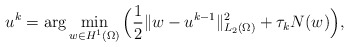
\begin{align*}u^k=\arg\min_{w\in H^1(\Omega)} \Big(\frac{1}{2}\|w-u^{k-1}\|_{L_2(\Omega)}^2+ \tau_k N(w)\Big),\end{align*}